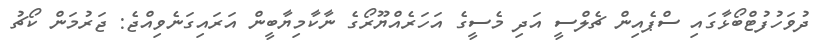
ދުވަހުފުޓްބޯޅާގައި ސްޕެއިން ޗެލްސީ އަދި މެސީގެ އަހަރެއްޔޫރޯގެ ނާކާމިޔާބީން އަރައިގަނެވިއްޖެ: ޖަރުމަން ކޯޗު